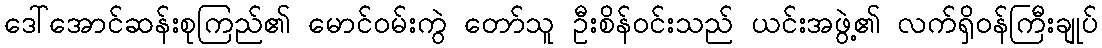
ဒေါ်အောင်ဆန်းစုကြည်၏ မောင်ဝမ်းကွဲ တော်သူ ဦးစိန်ဝင်းသည် ယင်းအဖွဲ့၏ လက်ရှိဝန်ကြီးချုပ်